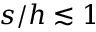
s / h \lesssim 1